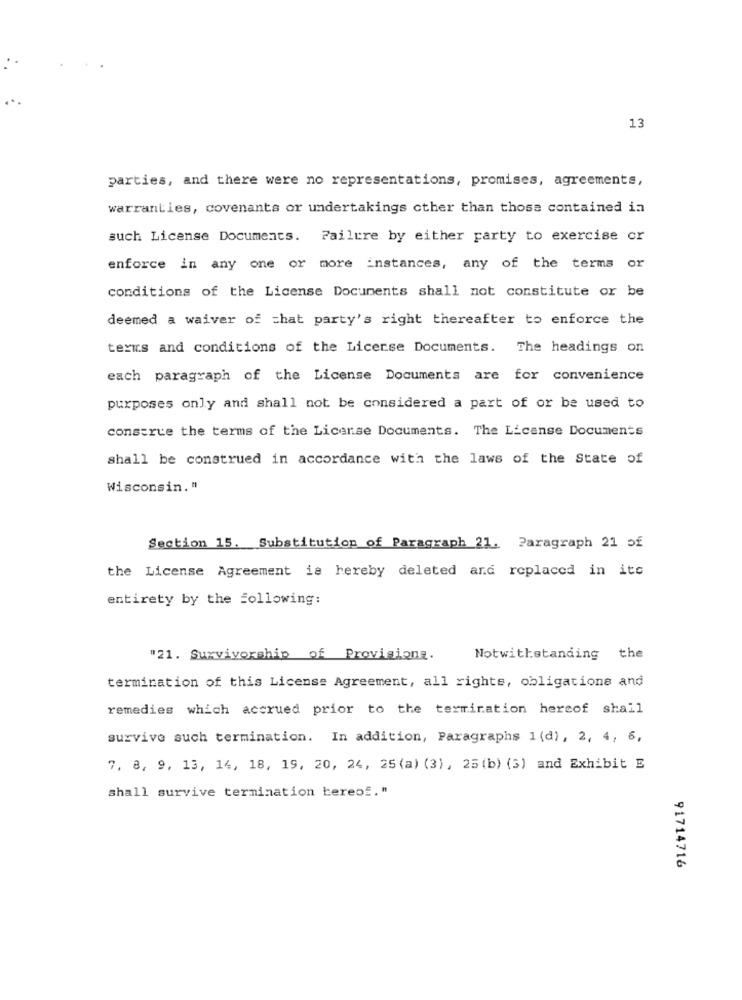
13
parties, and there were no representations, promises, agreements,
warranties, covenants or undertakings other than those contained in
such License Documents. Failure by either party to exercise cr
enforce in any one or more instances, any of the terms or
conditions of the License Documents shall not constitute or be
deemed a waiver of chat party's right thereafter to enforce the
terms and conditions of the License Documents. The headings on
each paragraph of the License Documents are for convenience
purposes only and shall not be considered a part of or be used to
construe the terms of the License Documents. The License Documents
shall be construed in accordance with the laws of the State of
Wisconsin. "
Section 15. Substitution of Paragraph 21. Paragraph 21 of
the License Agreement is hereby deleted and replaced in its
entirety by the following:
"21. Survivorship of Provisions.
Notwithstanding the
termination of this License Agreement, all rights, obligations and
remedies which accrued prior to the termination hercof shall
survive such termination. In addition, Paragraphs 1 (d), 2, 4, 6,
7, 8, 9, 13, 14, 18, 19, 20, 24, 25 (a) (3), 25 (b) (3) and Exhibit E
shall survive termination bereof."
91714716